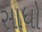
સાધો